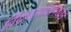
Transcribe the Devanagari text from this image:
विद्यापीठामध्येच